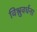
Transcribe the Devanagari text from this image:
विश्नुवर्धना